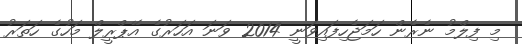
މި ފިލްމު ނެރެން ހަމަޖެހިފައިވަނީ 2014 ވަނަ އަހަރުގެ އޭޕްރީލް މަހުގެ ހަތަރު